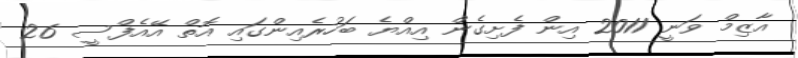
އާޒިމް ވަނީ 2011 އިން ފެށިގެން އިއްޔެ ބަހުރެއިންގައި އޮތް އޭއެފްސީ 26